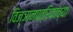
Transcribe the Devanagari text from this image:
विज्ञानपत्रिकांच्या